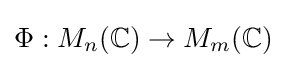
\Phi :M_{n}(\mathbb {C} )\to M_{m}(\mathbb {C} )